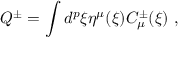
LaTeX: Q ^ { \pm } = \int d ^ { p } \xi \eta ^ { \mu } ( \xi ) { \cal C } _ { \mu } ^ { \pm } ( \xi ) \ ,